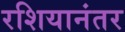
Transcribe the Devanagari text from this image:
रशियानंतर